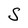
Character: S